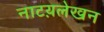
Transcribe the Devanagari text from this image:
नाटय़लेखन